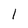
Character: 1